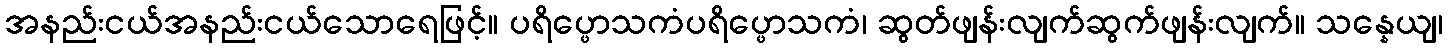
အနည်းငယ်အနည်းငယ်သောရေဖြင့်။ ပရိပ္ဖောသကံပရိပ္ဖောသကံ၊ ဆွတ်ဖျန်းလျက်ဆွက်ဖျန်းလျက်။ သန္နေယျ၊